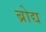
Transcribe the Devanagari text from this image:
ब्रोद्य